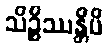
သိဉ္စိဿန္တိပိ